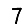
Digit: 7